Janeda_(Ambla)_vallavalitsus, lk 48
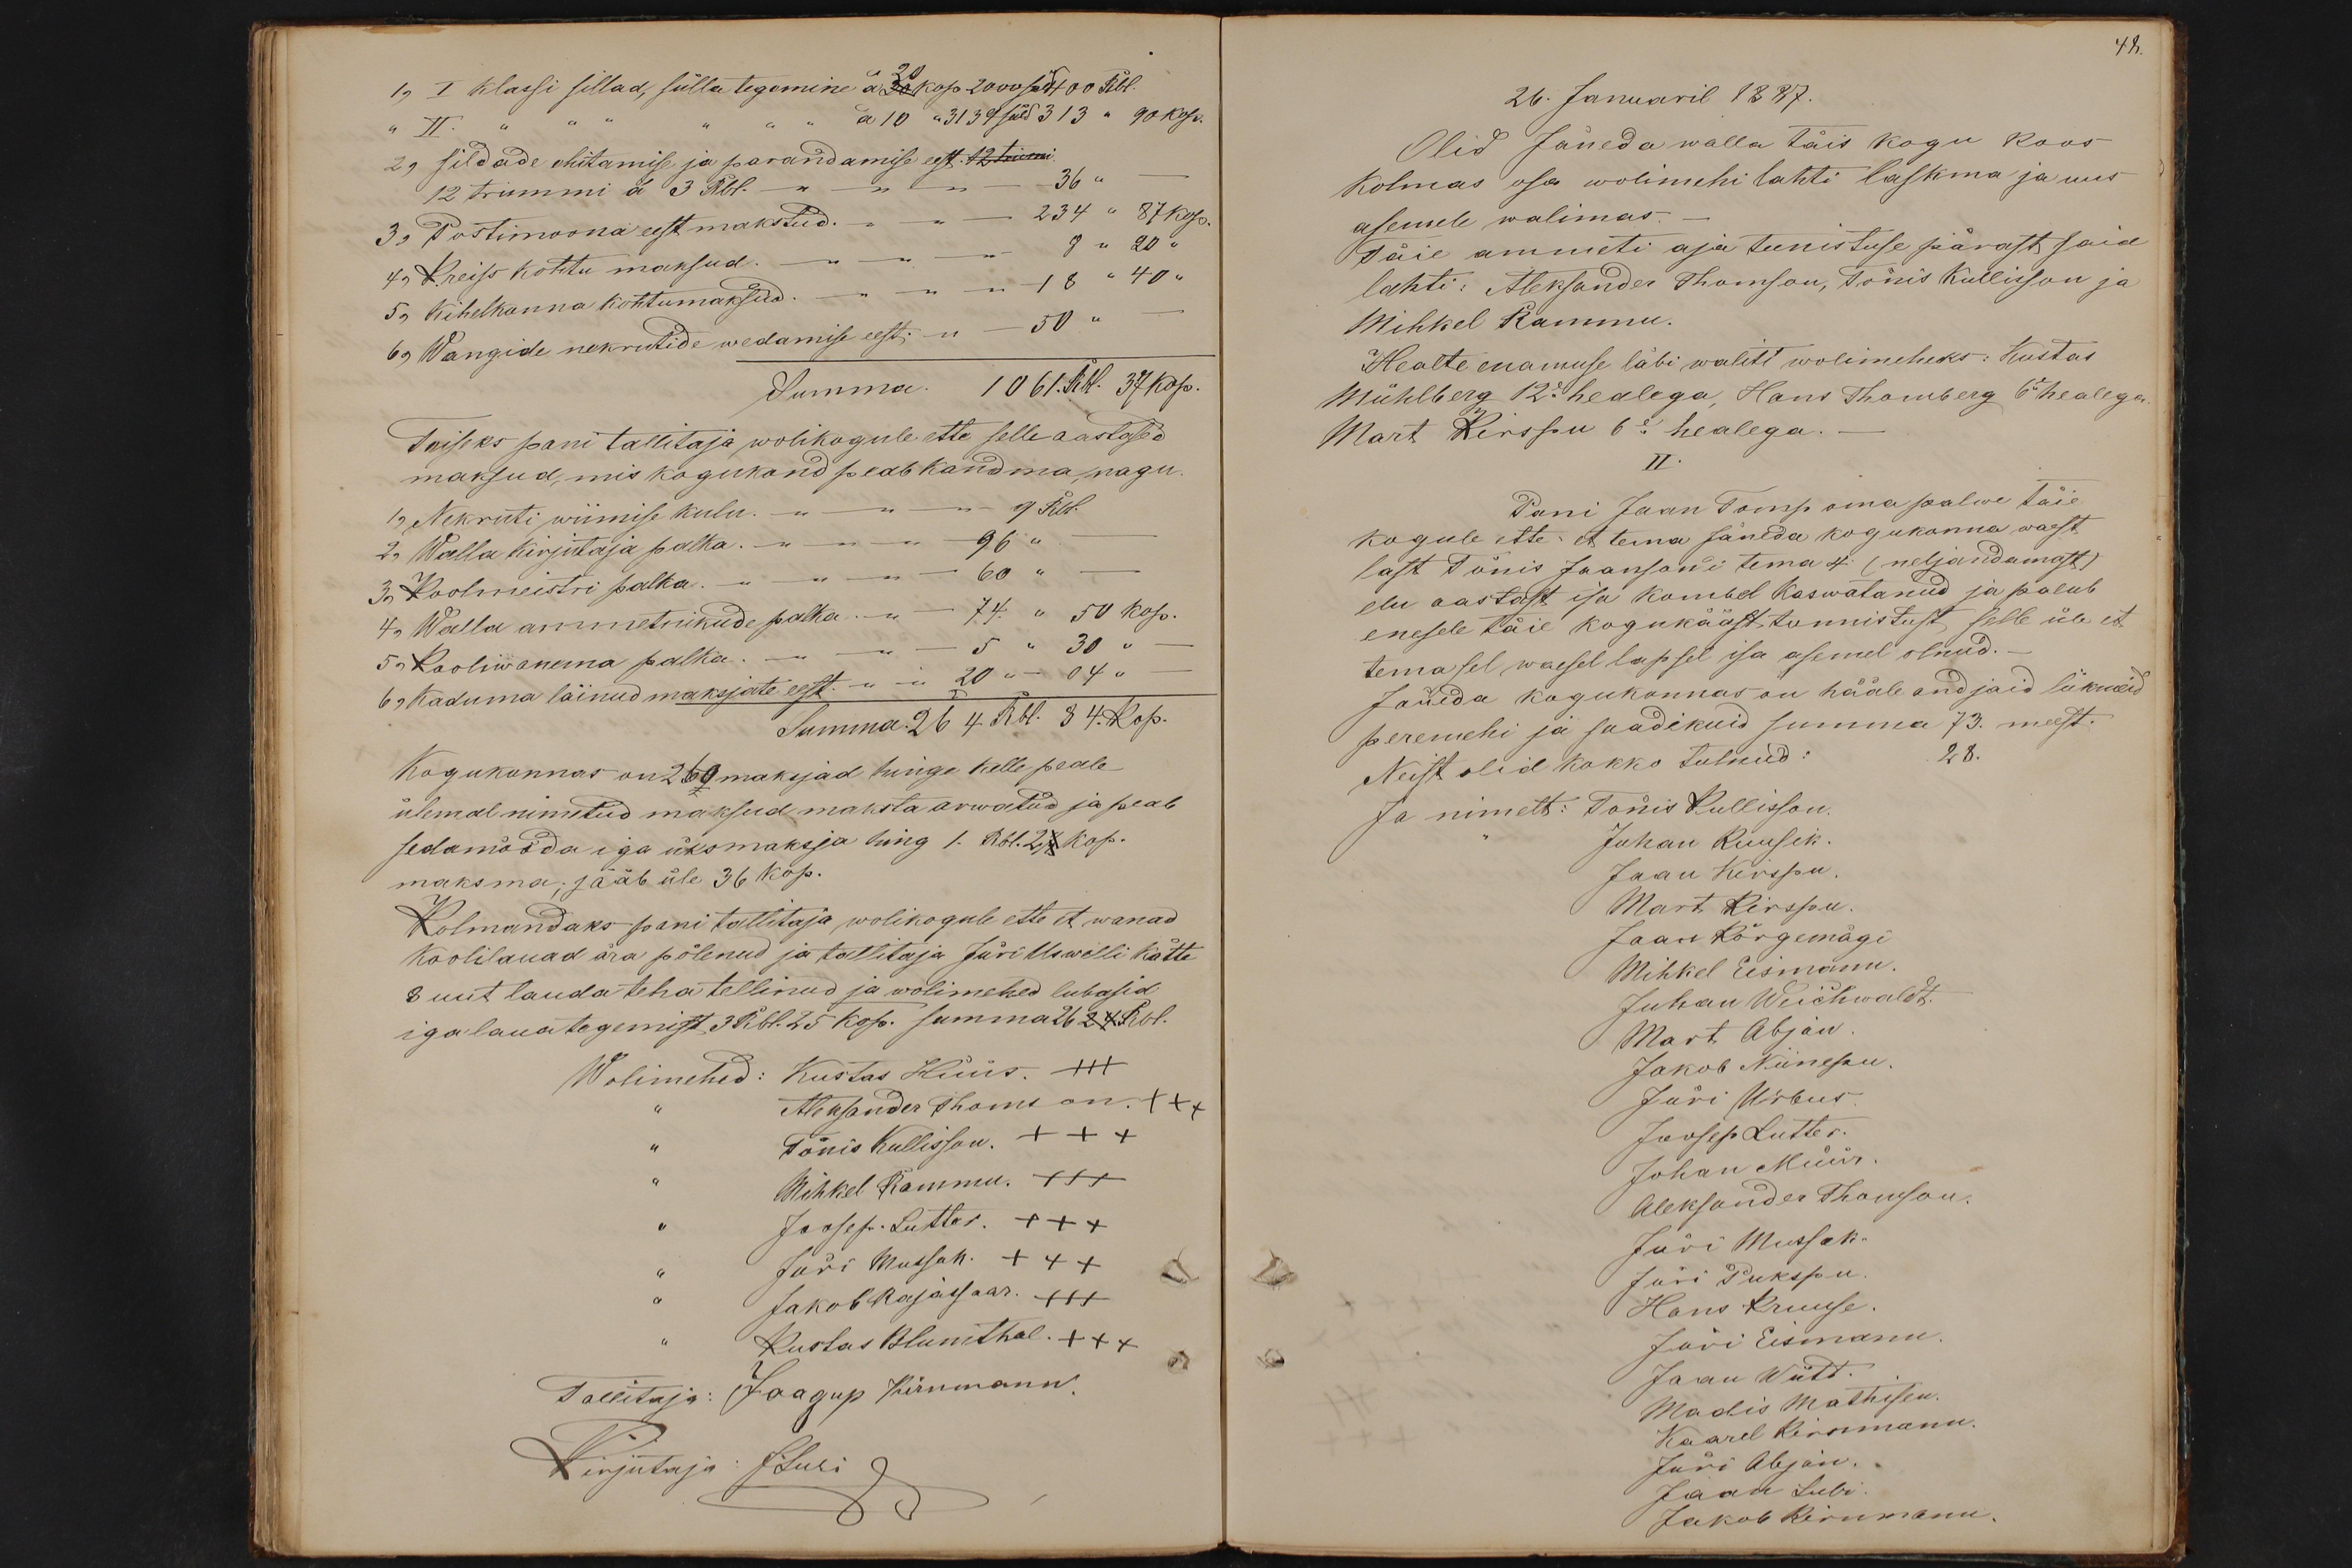
1, I klassi sillad, sülla tegemine à 20 kop 2000 süld 400 Rbl.
" II." à 10 "3139 süld 313 " 90 kop.
2, sildade ehitamise ja parandamise eest. 12 trumi
12 trummi á 3 Rbl. -" -36 "
3, Postimoona eest makstud. -" - 234 " 87 kop
4, Kreiss kohtu maksud. -" - 8 " 20 "
5, Kihelkonna kohtumaksud -" - 18 " 40 "
6, Wangide nekrutide wedamise eest -" - 50 "
Summa. 1061. Rbl. 37 kop.
Teiseks pani tallitaja wolikogule ette selle aastased
maksud, mis kogukond peab kandma, nagu
1, Nekruti wiimise kulu. -" - 9 Rbl.
2, Walla kirjutaja palka. -" - 96 " -
3, Koolmeistri palka -" - 60 " -
4, Walla ammetnikude palka -" - 74. " 50 kop.
5, Kooliwanema palka. -" - 5 " 30 " -
6, Kaduma läinud maksjate eest. -" - 20 " - 04 " -
Summa. 264 Rbl. 84. Kop.
Kogukonnas on 269 maksjad hinge kelle peale
ülemal nimetud maksud maksta arwatud ja peab
sedamööda iga üksmaksja hing 1. Rbl. 2 1/2 kop.
maksma; jääb üle 36 kop.
Kolmandaks pani tallitaja wolikogule ette et wanad
koolilauad ära põlenud ja tallitaja Jüri Uswelli kätte
8 uut lauda teha tellinud ja wolimehed lubasid
iga laua tegemist 3 Rbl. 25 kop. summa 26 24 Rbl.
Wolimehed: Kustas Hüüs. +++
Aleksander Thomson. +++
Tõnis Kullisson. +++
Mihkel Rammu. XXX
Joosep. Lutter. +++
" Jüri Mussak. +++
" Jakob Rajassaar. +++
Kustas Blumthal. XXX
Tallitaja: Jaagup Kirnmann.
Kirjutaja: J.Lubi

48.
26. Januaril 1887.
Olid Jäneda walla täis kogu koos
kolmas osa wolimehi lahti laskma ja uus
asemele walimas.
Täie ammeti aja teenistuse pärast said
lahti: Aleksander Thomson, Tõnis Kullisson ja
Mihkel Rammu.
Healte enamuse läbi waliti wolimeheks: Kustas
Mühlberg 12e healega, Hans Thomberg 6e healega
Mart Kirspu 6e healega.
II.
Pani Jaan Tomp oma palwe täie
kogule ette: et tema Jäneda kogukonna waest
last Tõnis Jaanson'i tema 4 (neljandamast)
elu aastast isa kombel kaswatanud ja palub
enesele täie kogukääst tunnistust selle üle et
tema sel waesel lapsel isa asemel olnud.
Jäneda kogukonnas on hääle andjaid liikmeid
peremehi ja saadikuid summa 73. meest.
Neist olid kokko tulnud: 28.
Ja nimelt: Tõnis Kullisson.
Juhan Kuusik.
Jaan Kirspu.
Mart Kirspu.
Jaan Kõrgemägi
Mihkel Eismann
Juhan Weichwaldt.
Mart Abjan
Jakob Niinepu
Jüri Urbus
Joosep Lutter.
Johan Müür.
Aleksander Thomson.
Jüri Mussak.
Jüri Pukspu
Hans Kruuse
Jüri Eismann
Jaan Wütt.
Madis Mathisen.
Kaarel Kirnmann.
Jüri Abjan.
Jaan Lubi.
Jakob Kirnmann.